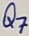
Text: Q7